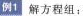
例1 解方程组: